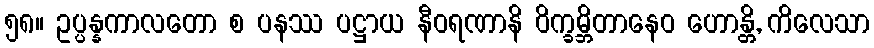
၅၈။ ဥပ္ပန္နကာလတော စ ပနဿ ပဋ္ဌာယ နီဝရဏာနိ ဝိက္ခမ္ဘိတာနေဝ ဟောန္တိ, ကိလေသာ